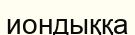
иондыққа